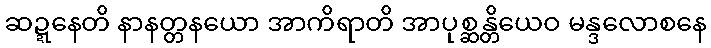
ဆဍ္ဍနေတိ နာနတ္တနယော အာကိရာတိ အာပုစ္ဆန္တိယေဝ မန္ဒလောစနေ